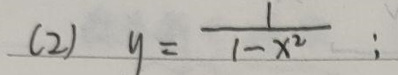
(2) \(y = \frac{1}{1 - x^{2}}\);